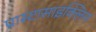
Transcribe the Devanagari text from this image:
प्रास्टासाइक्लिन